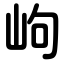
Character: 岣